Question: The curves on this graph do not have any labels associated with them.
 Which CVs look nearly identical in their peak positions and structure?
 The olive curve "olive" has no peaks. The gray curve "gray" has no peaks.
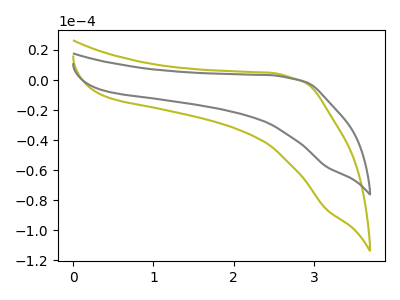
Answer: <think>Neither "olive" or "gray" have any peaks.
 </think>
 <answer>"gray" and "olive" have the same shape and are likely CV's of the same chemical.</answer>
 <eval>"gray" "olive"</eval>